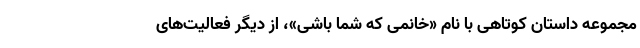
مجموعه داستان کوتاهی با نام «خانمی که شما باشی»، از دیگر فعالیت‌های